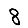
Digit: 8